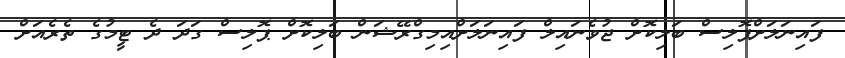
ފައިނަލަށްޕޮލިސް ބަލިކޮށް ޖުވެނައިލް ފައިނަލަށްއިމިގްރޭޝަން ބަލިކޮށް ޕޮލިސް ގަދަ ދެ ޓީމުގެ ތެރެއަށް